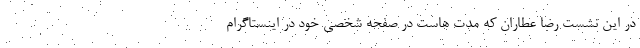
در این نشست رضا عطاران که مدت هاست در صفحه شخصی خود در اینستاگرام